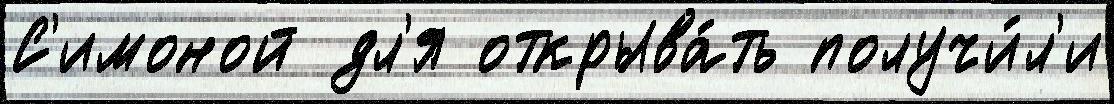
С'имоной дл'я открыва́ть получи́л'и